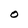
Character: O